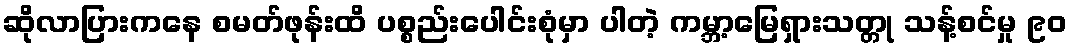
ဆိုလာပြားကနေ စမတ်ဖုန်းထိ ပစ္စည်းပေါင်းစုံမှာ ပါတဲ့ ကမ္ဘာ့မြေရှားသတ္တု သန့်စင်မှု ၉၀